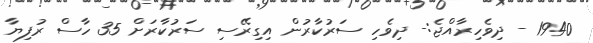
1940 - ދިވެހިރާއްޖެ:- ދިވެހި ސަރުކާރުން އިގިރޭސި ސަރުކާރަށް 35 ހާސް ރުފިޔާ